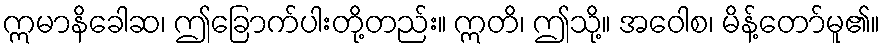
ဣမာနိခေါဆ၊ ဤခြောက်ပါးတို့တည်း။ ဣတိ၊ ဤသို့။ အဝေါစ၊ မိန့်တော်မူ၏။